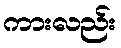
ကားလည်း